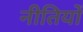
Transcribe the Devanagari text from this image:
नीतियों